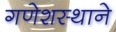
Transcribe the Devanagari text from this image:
गणेशस्थाने